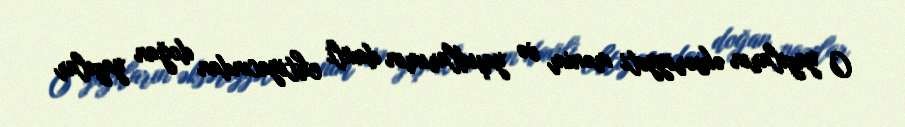
O yazıların əksəriyyəti mənim və yaşıdlarımın daxili ehtiyacından doğan yazılar